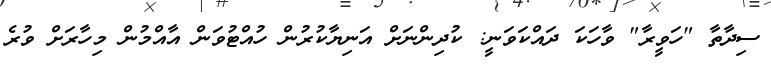
ސިދާތާ "ހަވީރާ" ވާހަކަ ދައްކަވަނީ: ކުދިންނަށް އަނިޔާކުރުން ހުއްޓުވަން އާއްމުން މިހާރަށް ވުރެ